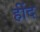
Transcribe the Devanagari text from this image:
हींद